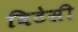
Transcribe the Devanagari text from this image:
विटेसी